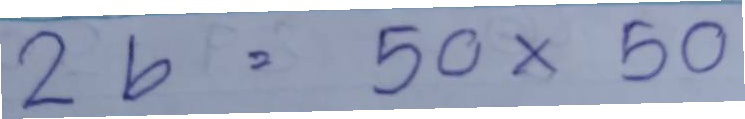
26 = 50 x 50